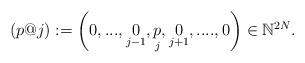
LaTeX: \begin{align*}(p@j):=\left(0,...,\underset{j-1}{0},\underset{j}{p},\underset{j+1}{0},....,0\right) \in \mathbb{N}^{2N} .\end{align*}